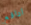
ادافع